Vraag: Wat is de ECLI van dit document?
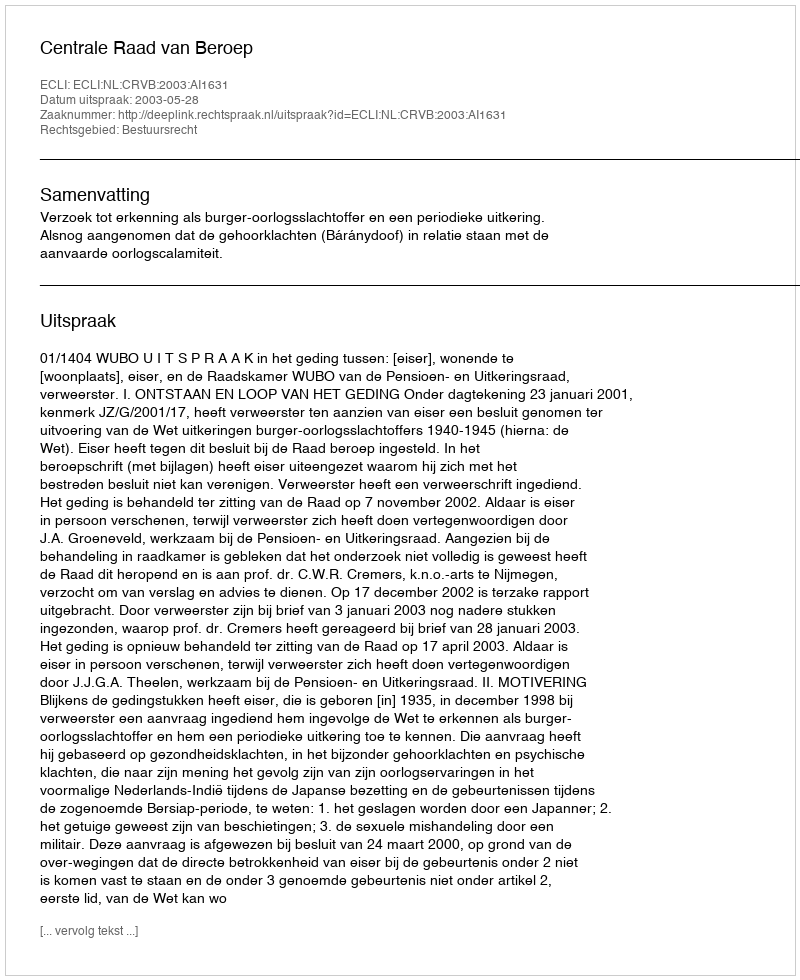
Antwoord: ECLI:NL:CRVB:2003:AI1631